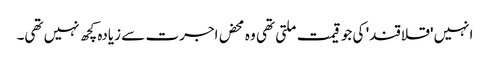
انہیں 'قلاقند' کی جو قیمت ملتی تھی وہ محض اجرت سے زیادہ کچھ نہیں تھی۔